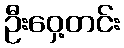
ဦးဝှေ့တင်း